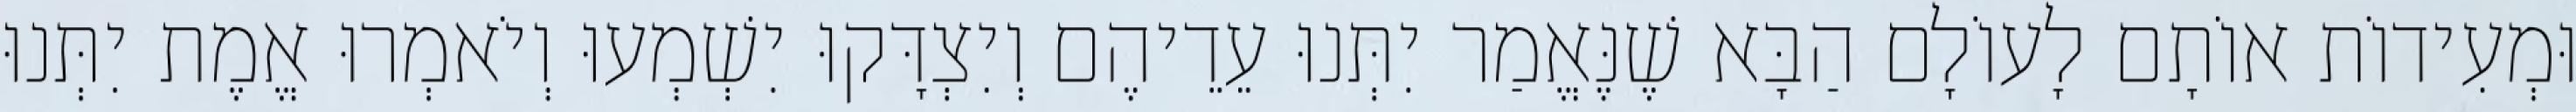
וּמְעִידוֹת אוֹתָם לָעוֹלָם הַבָּא שֶׁנֶּאֱמַר יִתְּנוּ עֵדֵיהֶם וְיִצְדָּקוּ יִשְׁמְעוּ וְיֹאמְרוּ אֱמֶת יִתְּנוּ